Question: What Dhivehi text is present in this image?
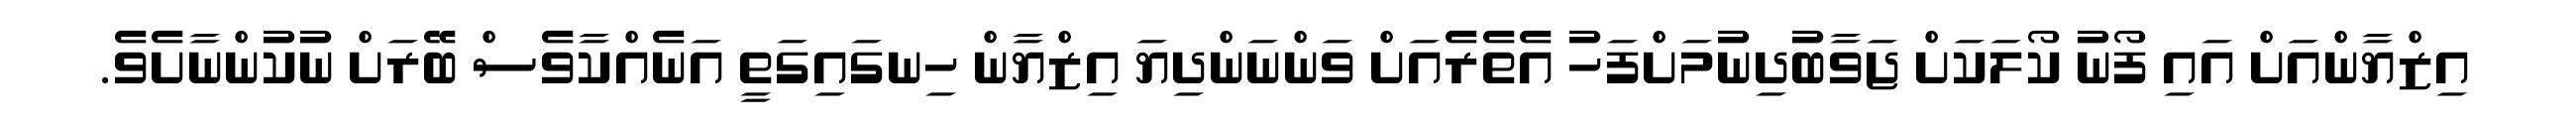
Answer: އިޒްޔާންއަށް އައި ފޯނު ކޯލަކަށް ޖަވާބުދިނުމަށްފަހު އެތެރެއަށް ވަންނަންދިޔަ އިޒްޔާން ހިނގައިގަތީ އަނެއްކާވެސް ބޭރަށް ނުކުންނާށެވެ.